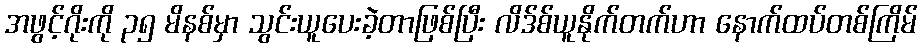
အဖွင့်ဂိုးကို ၃၅ မိနစ်မှာ သွင်းယူပေးခဲ့တာဖြစ်ပြီး လိဒ်စ်ယူနိုက်တက်ဟာ နောက်ထပ်တစ်ကြိမ်